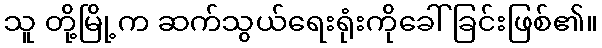
သူ တို့မြို့က ဆက်သွယ်ရေးရုံးကိုခေါ်ခြင်းဖြစ်၏။